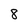
Character: 8